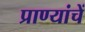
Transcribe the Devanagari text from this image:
प्राण्यांचें